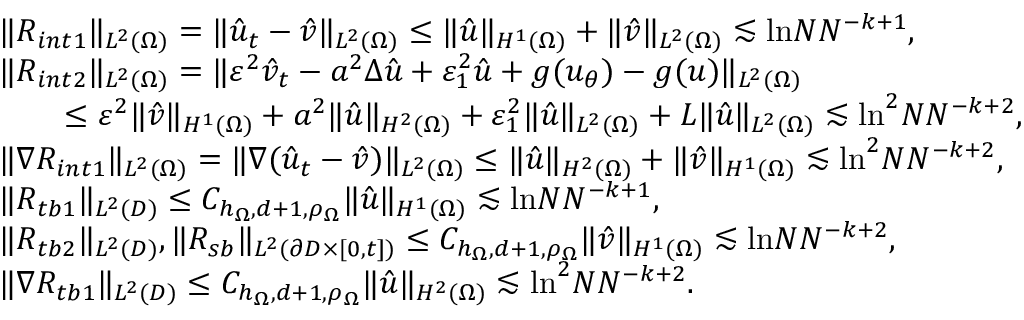
\begin{array} { r l } & { \| R _ { i n t 1 } \| _ { L ^ { 2 } ( \Omega ) } = \| \hat { u } _ { t } - \hat { v } \| _ { L ^ { 2 } ( \Omega ) } \leq \| \hat { u } \| _ { H ^ { 1 } ( \Omega ) } + \| \hat { v } \| _ { L ^ { 2 } ( \Omega ) } \lesssim \mathrm { l n } N N ^ { - k + 1 } , } \\ & { \| R _ { i n t 2 } \| _ { L ^ { 2 } ( \Omega ) } = \| \varepsilon ^ { 2 } \hat { v } _ { t } - a ^ { 2 } \Delta \hat { u } + \varepsilon _ { 1 } ^ { 2 } \hat { u } + g ( u _ { \theta } ) - g ( u ) \| _ { L ^ { 2 } ( \Omega ) } } \\ & { \qquad \leq \varepsilon ^ { 2 } \| \hat { v } \| _ { H ^ { 1 } ( \Omega ) } + a ^ { 2 } \| \hat { u } \| _ { H ^ { 2 } ( \Omega ) } + \varepsilon _ { 1 } ^ { 2 } \| \hat { u } \| _ { L ^ { 2 } ( \Omega ) } + L \| \hat { u } \| _ { L ^ { 2 } ( \Omega ) } \lesssim \mathrm { l n } ^ { 2 } N N ^ { - k + 2 } , } \\ & { \| \nabla R _ { i n t 1 } \| _ { L ^ { 2 } ( \Omega ) } = \| \nabla ( \hat { u } _ { t } - \hat { v } ) \| _ { L ^ { 2 } ( \Omega ) } \leq \| \hat { u } \| _ { H ^ { 2 } ( \Omega ) } + \| \hat { v } \| _ { H ^ { 1 } ( \Omega ) } \lesssim \mathrm { l n } ^ { 2 } N N ^ { - k + 2 } , } \\ & { \| R _ { t b 1 } \| _ { L ^ { 2 } ( D ) } \leq C _ { h _ { \Omega } , d + 1 , \rho _ { \Omega } } \| \hat { u } \| _ { H ^ { 1 } ( \Omega ) } \lesssim \mathrm { l n } N N ^ { - k + 1 } , } \\ & { \| R _ { t b 2 } \| _ { L ^ { 2 } ( D ) } , \| R _ { s b } \| _ { L ^ { 2 } ( \partial D \times [ 0 , t ] ) } \leq C _ { h _ { \Omega } , d + 1 , \rho _ { \Omega } } \| \hat { v } \| _ { H ^ { 1 } ( \Omega ) } \lesssim \mathrm { l n } N N ^ { - k + 2 } , } \\ & { \| \nabla R _ { t b 1 } \| _ { L ^ { 2 } ( D ) } \leq C _ { h _ { \Omega } , d + 1 , \rho _ { \Omega } } \| \hat { u } \| _ { H ^ { 2 } ( \Omega ) } \lesssim \mathrm { l n } ^ { 2 } N N ^ { - k + 2 } . } \end{array}